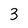
Character: 3